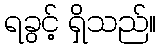
ရခွင့် ရှိသည်။